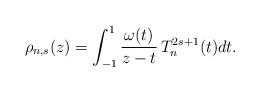
LaTeX: \begin{align*}\rho_{n,s}(z)=\int_{-1}^1\dfrac{\omega(t)}{z-t}\,T_n^{2s+1}(t)dt.\end{align*}